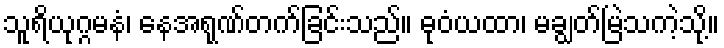
သူရိယုဂ္ဂမနံ၊ နေအရုဏ်တက်ခြင်းသည်။ ဓုဝံယထာ၊ မချွတ်မြဲသကဲ့သို့။